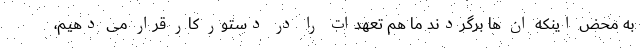
به محض اینکه ان ها برگردند ما هم تعهدات را در دستور کار قرار می دهیم،